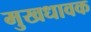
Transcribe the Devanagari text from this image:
मुखधावक